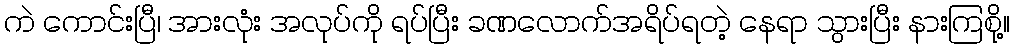
ကဲ ကောင်းပြီ၊ အားလုံး အလုပ်ကို ရပ်ပြီး ခဏလောက်အရိပ်ရတဲ့ နေရာ သွားပြီး နားကြစို့။